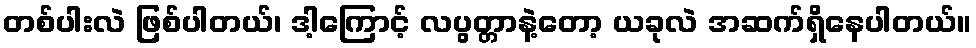
တစ်ပါးလဲ ဖြစ်ပါတယ်၊ ဒါ့ကြောင့် လပွတ္တာနဲ့တော့ ယခုလဲ အဆက်ရှိနေပါတယ်။